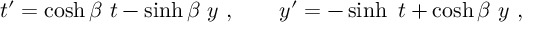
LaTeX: t ^ { \prime } = \cosh \beta \ t - \sinh \beta \ y \ , \ \ \ \ \ \ y ^ { \prime } = - \sinh \b \ t + \cosh \beta \ y \ ,